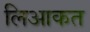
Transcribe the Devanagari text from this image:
लिआकत